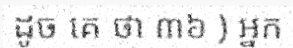
ដូច គេ ថា ៣៦ ) អ្នក